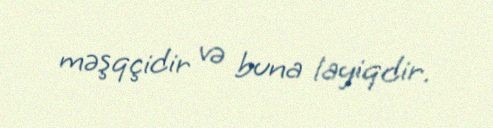
məşqçidir və buna layiqdir.